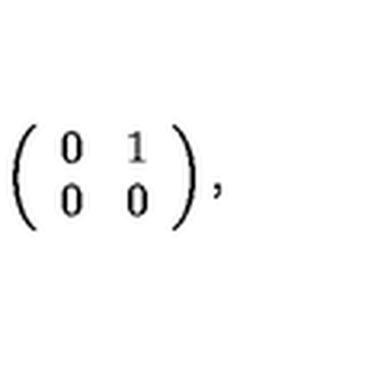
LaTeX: \left( \begin{array} { c c } { 0 } & { 1 } \\ { 0 } & { 0 } \\ \end{array} \right) ,